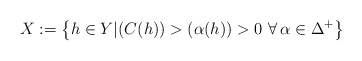
\begin{align*}X:=\left\{ h\in Y| (C(h))>(\alpha(h))>0 \ \forall \,\alpha \in \Delta^+\right\}\end{align*}